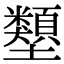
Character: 𡔇